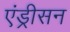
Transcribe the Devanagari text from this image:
एंड्रीसन